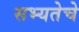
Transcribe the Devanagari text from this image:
सभ्यतेचे